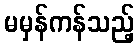
မမှန်ကန်သည့်